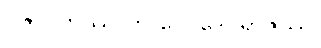
ပဇာပတိဿ ဟိ ဝေါ ဒေဝရာဇဿ၊